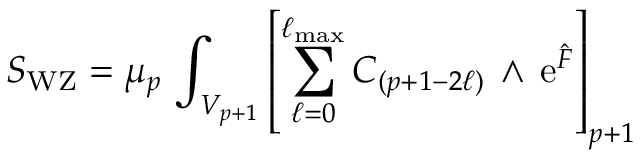
S _ { \mathrm { W Z } } = \mu _ { p } \, \int _ { V _ { p + 1 } } \left[ \sum _ { \ell = 0 } ^ { \ell _ { \mathrm { m a x } } } C _ { ( p + 1 - 2 \ell ) } \, \wedge \, \mathrm { e } ^ { \hat { F } } \right] _ { p + 1 }